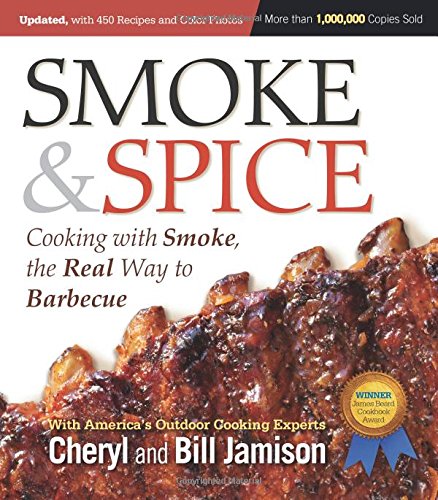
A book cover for Smoke & Spice: Cooking With Smoke, the Real Way to Barbecue; Cheryl Alters Jamison; Cookbooks, Food & Wine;